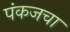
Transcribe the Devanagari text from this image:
पंकजचा